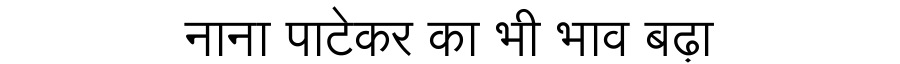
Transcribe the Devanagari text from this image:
नाना पाटेकर का भी भाव बढ़ा